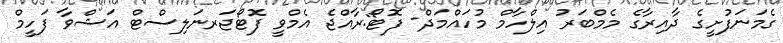
ގެމަނަފުށީގެ ދާއިރާގެ މެމްބަރު އިލްހާމް މުހައްމަދް- ފޮޓޯ:ރާއްޖެ އެމްވީ ފޮޓޯޖަރނަލިސްޓް އަޝްވާ ފަހީމް